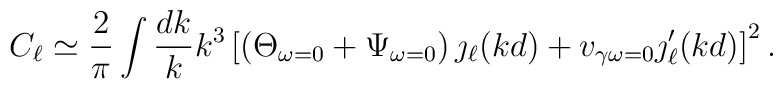
C_{\ell}\simeq\frac{2}{\pi}\int\frac{dk}{k}k^3\left[\left(\Theta_{\omega=0}+\Psi_{\omega=0}\right)\jmath_{\ell}(kd)+v_{\gamma\omega=0}\jmath '_{\ell}(kd)\right]^2 .